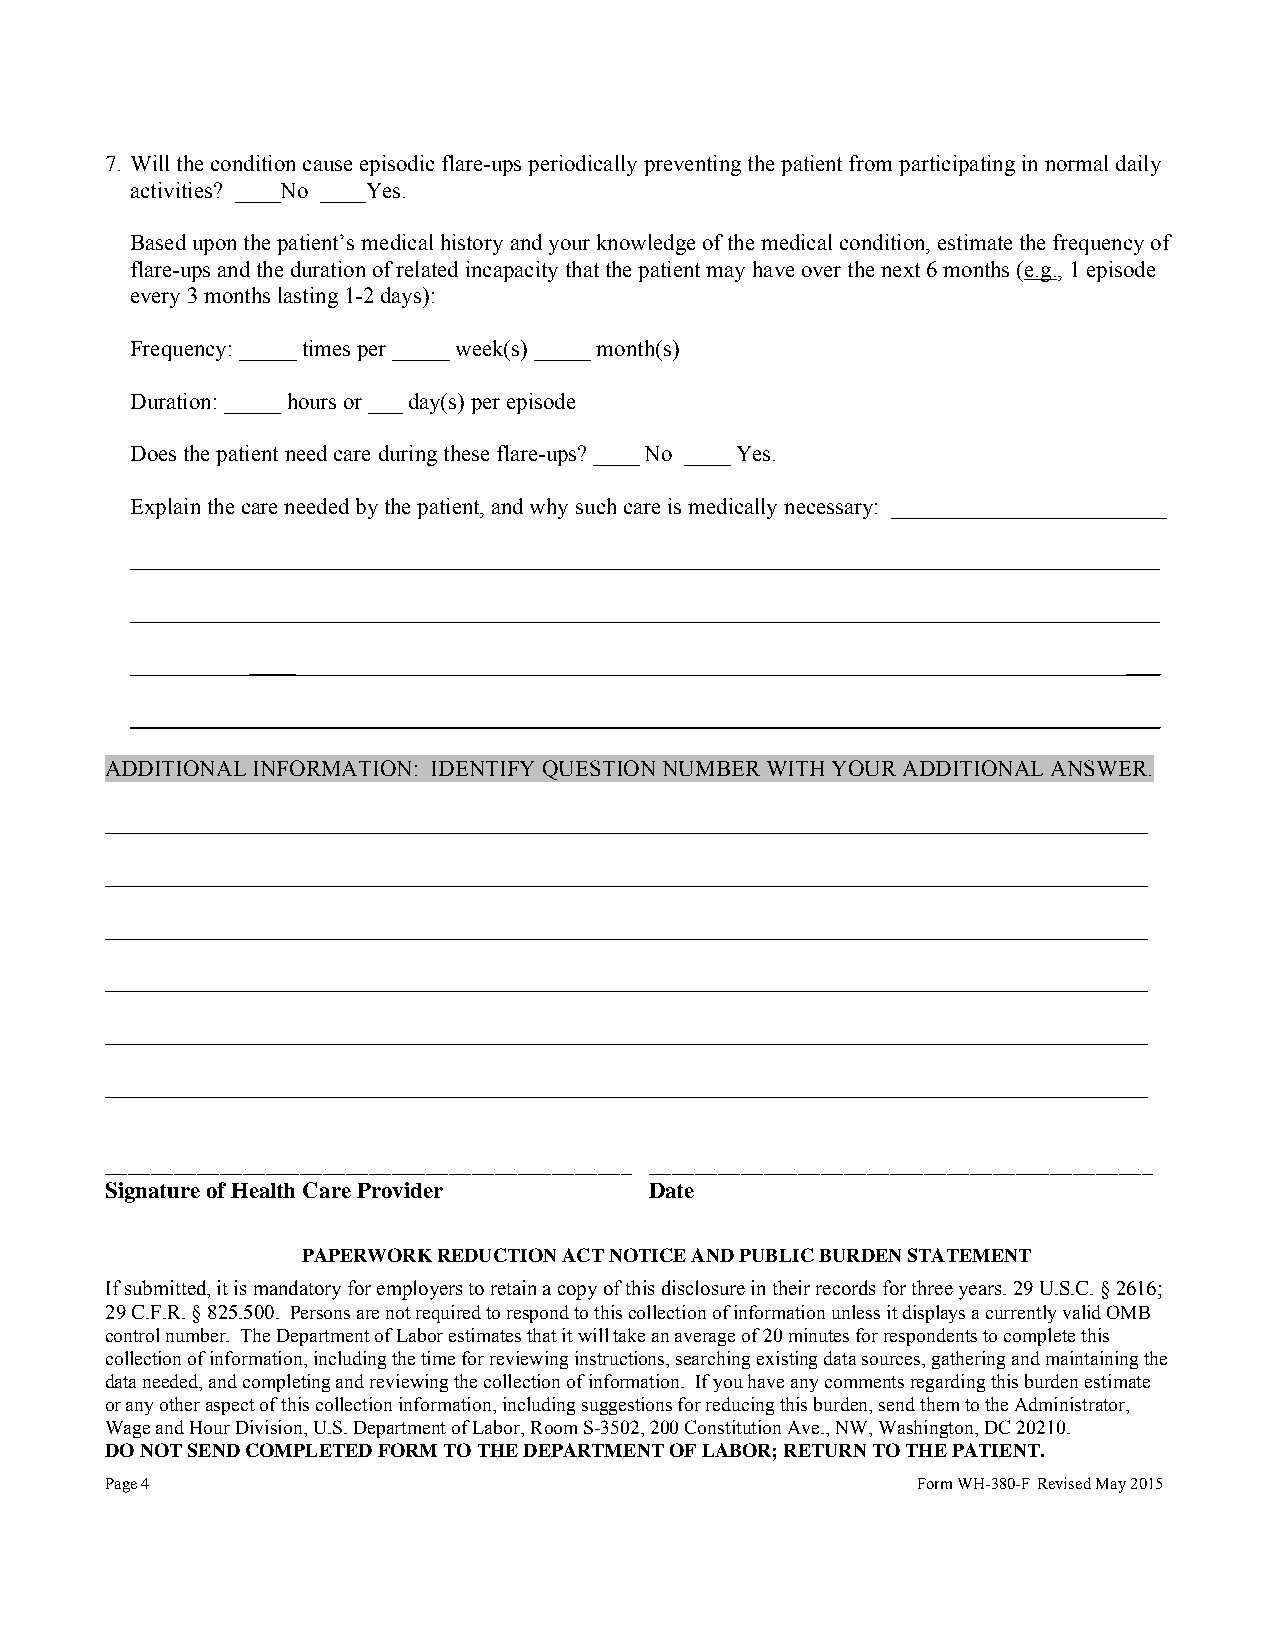
7. Will the condition cause episodic flare-ups periodically preventing the patient from participating in normal daily
 activities? ____No ____Yes.
 Based upon the patient’s medical history and your knowledge of the medical condition, estimate the frequency of
 flare-ups and the duration of related incapacity that the patient may have over the next 6 months (e.g., 1 episode
 every 3 months lasting 1-2 days):
 Frequency: _____ times per _____ week(s) _____ month(s)
 Duration: _____ hours or ___ day(s) per episode
 Does the patient need care during these flare-ups? ____ No ____ Yes.
 Explain the care needed by the patient, and why such care is medically necessary: ________________________
 ____                                                      ___
 ____                                                      ___
 ADDITIONAL INFORMATION: IDENTIFY QUESTION NUMBER WITH YOUR ADDITIONAL ANSWER.
 ___________________________________________________________________________________________
 ___________________________________________________________________________________________
 ___________________________________________________________________________________________
 ___________________________________________________________________________________________
 ___________________________________________________________________________________________
 ___________________________________________________________________________________________
 ______________________________________________ ____________________________________________
 Signature of Health Care Provider   Date
 PAPERWORK REDUCTION ACT NOTICE AND PUBLIC BURDEN STATEMENT
 If submitted, it is mandatory for employers to retain a copy of this disclosure in their records for three years. 29 U.S.C. § 2616;
 29 C.F.R. § 825.500. Persons are not required to respond to this collection of information unless it displays a currently valid OMB
 control number. The Department of Labor estimates that it will take an average of 20 minutes for respondents to complete this
 collection of information, including the time for reviewing instructions, searching existing data sources, gathering and maintaining the
 data needed, and completing and reviewing the collection of information. If you have any comments regarding this burden estimate
 or any other aspect of this collection information, including suggestions for reducing this burden, send them to the Administrator,
 Wage and Hour Division, U.S. Department of Labor, Room S-3502, 200 Constitution Ave., NW, Washington, DC 20210.
 DO NOT SEND COMPLETED FORM TO THE DEPARTMENT OF LABOR; RETURN TO THE PATIENT.
 Page 4                                                Form WH-380-F Revised May 2015